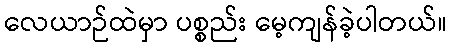
လေယာဉ်ထဲမှာ ပစ္စည်း မေ့ကျန်ခဲ့ပါတယ်။